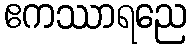
ဧကဿာရညေ